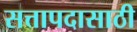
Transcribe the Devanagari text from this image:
सत्तापदासाठी